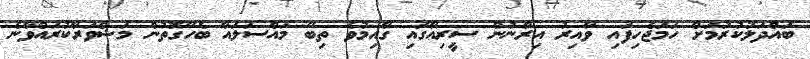
ބައްދަލުކުރުމަށް ހަމަޖެހިފައި ވާއިރު އިރާނުން ސީރިއާގައި ގާއިމުވެ ތިބޭ މައްސަލައާ ބެހޭގޮތުން މަޝްވަރާކުރައްވާނެ